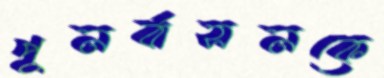
পুনর্বাসনকে